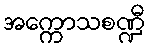
အက္ကောသစဏ္ဍီ